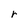
Character: r